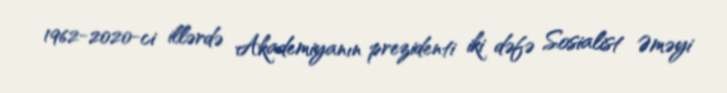
1962-2020-ci illərdə Akademiyanın prezidenti iki dəfə Sosialist Əməyi